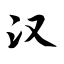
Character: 汉